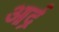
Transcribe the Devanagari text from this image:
आर्द्र